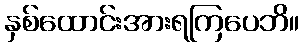
နှစ်ထောင်းအားရကြပေဘိ။